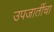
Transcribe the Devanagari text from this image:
उपजातींचा